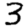
Digit: 3